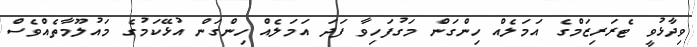
ވިދާޅުވީ ޓެރަރިޒަމްގެ އަމަލެއް ހިންގަން މަގުފަހިވާ ފަދަ އަމަލެއް ހިންގަން އުޅޭކަމުގެ މައުލޫމާތެއްވެސް